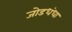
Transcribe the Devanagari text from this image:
जोडधंधा